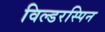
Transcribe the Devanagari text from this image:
विल्डरस्पिन